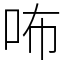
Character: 咘